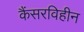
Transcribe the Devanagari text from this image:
कैंसरविहीन